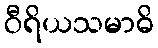
ဝီရိယသမာဓိ